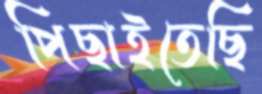
পিছাইতেছি